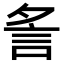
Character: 𧥧